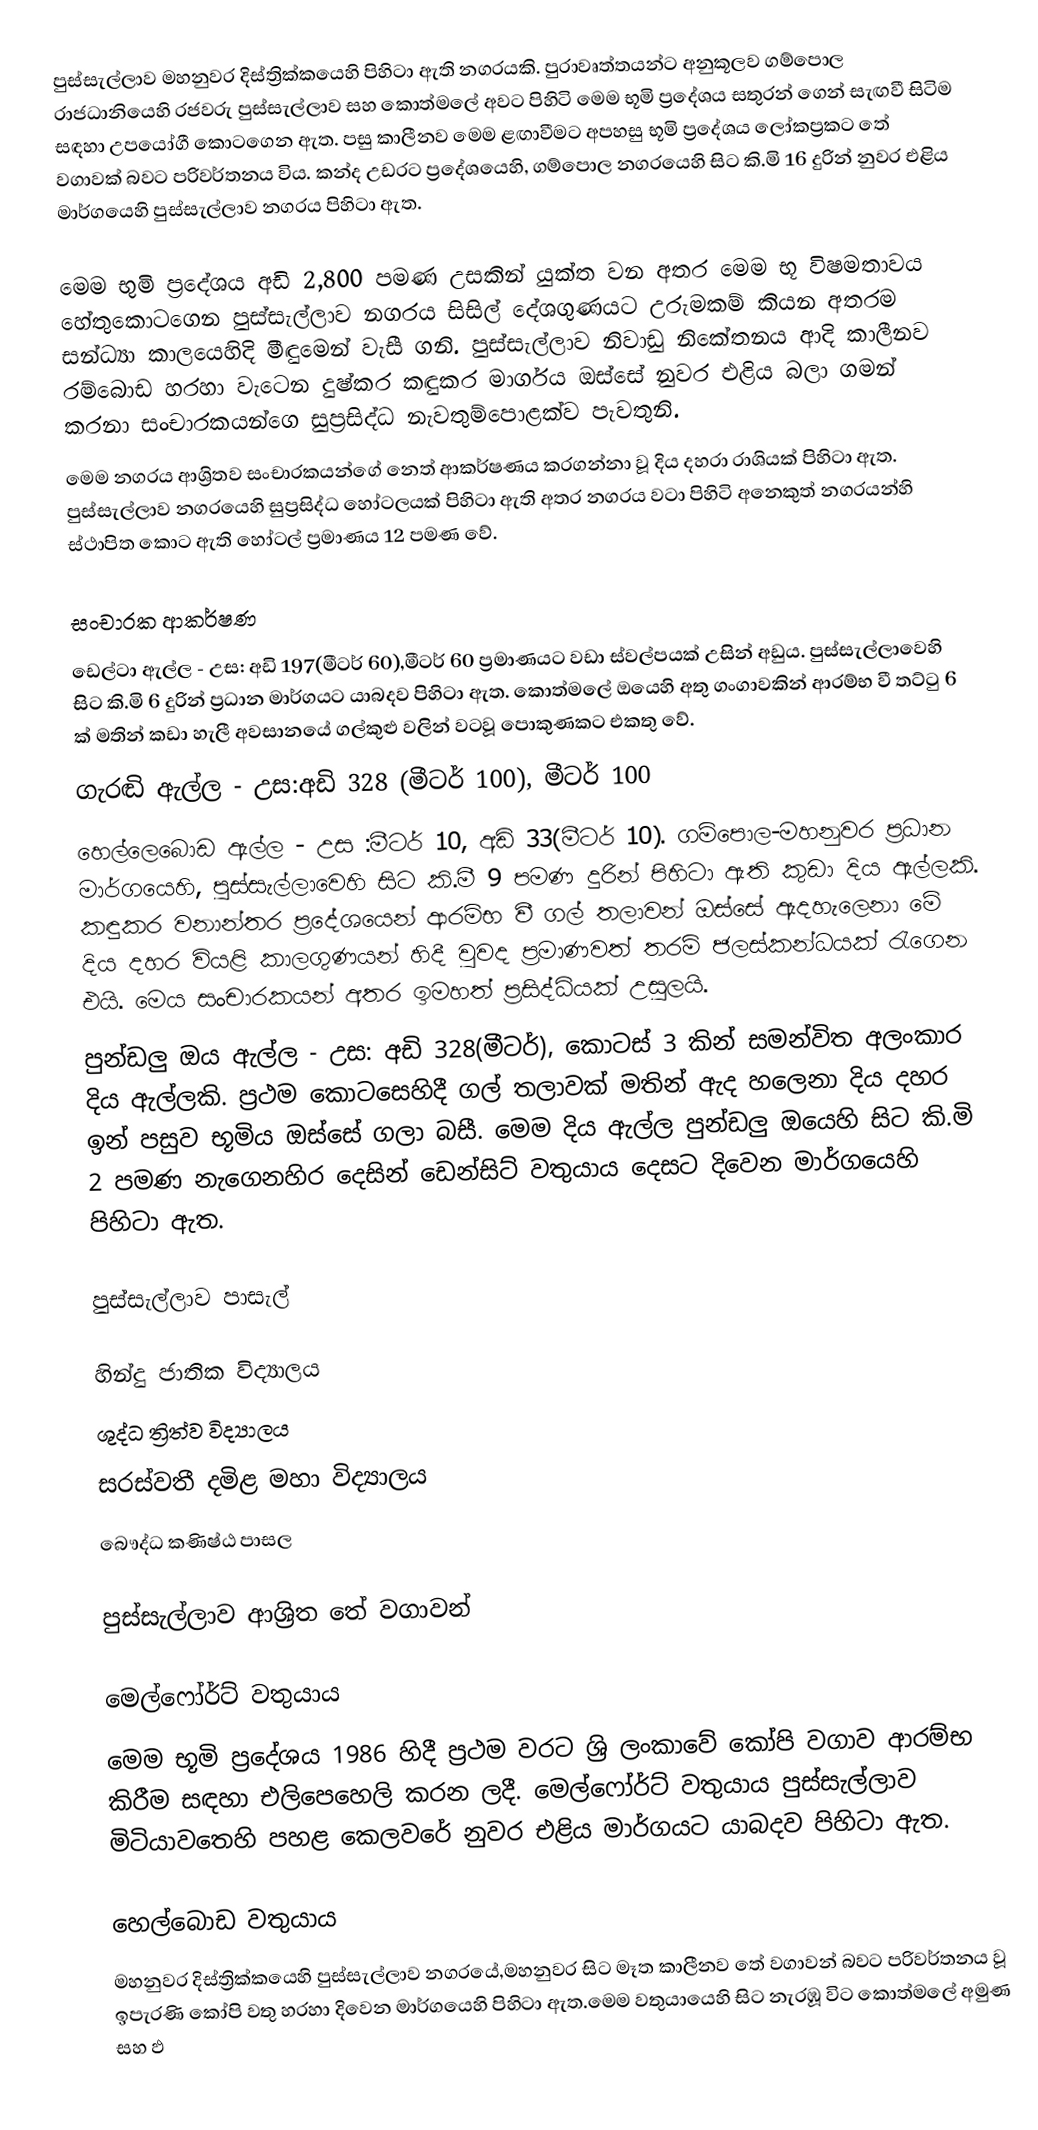
පුස්සැල්ලාව මහනුවර දිස්ත්‍රික්කයෙහි පිහිටා ඇති නගරයකි. පුරාවෘත්තයන්ට අනුකූලව ගම්පොල රාජධානියෙහි රජවරු පුස්සැල්ලාව සහ කොත්මලේ අවට  පිහිටි මෙම භූමි ප්‍රදේශය සතුරන් ගෙන් සැඟවී සිටිම සඳහා උපයෝගී කොටගෙන ඇත. පසු කාලීනව මෙම ළඟාවීමට අපහසු  භූමි ප්‍රදේශය ලෝකප්‍රකට තේ වගාවක් බවට පරිවර්තනය විය. කන්ද උඩරට ප්‍රදේශයෙහි, ගම්පොල නගරයෙහි සිට කි.මි 16 දුරින්  නුවර එළිය මාර්ගයෙහි පුස්සැල්ලාව නගරය පිහිටා ඇත.

මෙම භුමි ප්‍රදේශය අඩි 2,800 පමණ උසකින් යුක්ත වන අතර මෙම භූ විෂමතාවය හේතුකොටගෙන පුස්සැල්ලාව නගරය සිසිල් දේශගුණයට උරුමකම් කියන අතරම සන්ධ්‍යා කාලයෙහිදි මීඳුමෙන් වැසී ගනි. පුස්සැල්ලාව නිවාඩු නිකේතනය ආදි කාලීනව රම්බොඩ හරහා වැටෙන දුෂ්කර කඳුකර මාර්ගය ඔස්සේ නුවර එළිය බලා ගමන් කරනා සංචාරකයන්ගෙ සුප්‍රසිද්ධ නැවතුම්පොළක්ව පැවතුනි.
මෙම නගරය ආශ්‍රිතව සංචාරකයන්ගේ නෙත් ආකර්ෂණය කරගන්නා වූ දිය දහරා රාශියක් පිහිටා ඇත. පුස්සැල්ලාව නගරයෙහි සුප්‍රසිද්ධ හෝටලයක් පිහිටා ඇති අතර නගරය වටා පිහිටි අනෙකුත් නගරයන්හි ස්ථාපිත කොට ඇති හෝටල් ප්‍රමාණය 12 පමණ වේ.

සංචාරක ආකර්ෂණ
ඩෙල්ටා ඇල්ල - උස: අඩි 197(මීටර් 60),මීටර් 60 ප්‍රමාණයට වඩා ස්වල්පයක් උසින් අඩුය. පුස්සැල්ලාවෙහි සිට කි.මි 6 දුරින් ප්‍රධාන මාර්ගයට යාබදව පිහිටා ඇත. කොත්මලේ ඔයෙහි අතු ගංගාවකින් ආරම්භ වී තට්ටු 6 ක් මතින් කඩා හැලී අවසානයේ ගල්කුළු වලින් වටවූ පොකුණකට එකතු වේ.
ගැරඬි ඇල්ල - උස:අඩි 328 (මීටර් 100), මීටර් 100
හෙල්ලෙබොඩ ඇල්ල - උස :මීටර් 10, අඩි 33(මීටර් 10). ගම්පොල-මහනුවර ප්‍රධාන මාර්ගයෙහි, පුස්සැල්ලාවෙහි සිට කි.මී 9 පමණ දුරින් පිහිටා ඇති කුඩා දිය ඇල්ලකි. කඳුකර වනාන්තර ප්‍රදේශයෙන් ආරම්භ වී ගල් තලාවන් ඔස්සේ ඇදහැලෙනා මේ දිය දහර වියළි කාලගුණයන් හිදී වුවද ප්‍රමාණවත් තරම් ජලස්කන්ධයක් රැගෙන එයි. මෙය සංචාරකයන් අතර ඉමහත් ප්‍රසිද්ධියක් උසුලයි.
පුන්ඩලු ඔය ඇල්ල - උස: අඩි 328(මීටර්), කොටස් 3 කින් සමන්විත අලංකාර දිය ඇල්ලකි. ප්‍රථම කොටසෙහිදී ගල් තලාවක් මතින් ඇද හලෙනා දිය දහර ඉන් පසුව භූමිය ඔස්සේ ගලා බසී. මෙම දිය ඇල්ල පුන්ඩලු ඔයෙහි සිට කි.මි 2 පමණ නැගෙනහිර දෙසින් ඩෙන්සිට් වතුයාය දෙසට දිවෙන මාර්ගයෙහි පිහිටා ඇත.

පුස්සැල්ලාව පාසැල්

 හින්දු ජාතික විද්‍යාලය
 ශුද්ධ ත්‍රිත්ව විද්‍යාලය
 සරස්වතී දමිළ මහා විද්‍යාලය
 බෞද්ධ කණිෂ්ඨ පාසල

පුස්සැල්ලාව ආශ්‍රිත තේ වගාවන්

මෙල්ෆෝර්ට් වතුයාය
මෙම භූමි ප්‍රදේශය 1986 හිදී ප්‍රථම වරට ශ්‍රි ලංකාවේ කෝපි වගාව ආරම්භ කිරීම සඳහා එලිපෙහෙලි කරන ලදී. මෙල්ෆෝර්ට් වතුයාය පුස්සැල්ලාව මිටියාවතෙහි පහළ කෙලවරේ නුවර එළිය මාර්ගයට යාබදව පිහිටා ඇත.

හෙල්බොඩ වතුයාය
මහනුවර දිස්ත්‍රික්කයෙහි පුස්සැල්ලාව  නගරයේ,මහනුවර සිට මෑත කාලීනව තේ වගාවන් බවට පරිවර්තනය වූ ඉපැරණි කෝපි වතු හරහා දිවෙන මාර්ගයෙහි පිහිටා ඇත.මෙම වතුයායෙහි සිට නැරඹූ විට කොත්මලේ අමුණ සහ ඵ